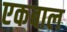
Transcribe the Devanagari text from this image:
एकबाल